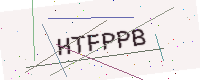
Text: HTFPPB